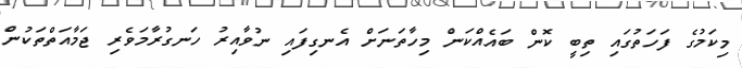
މިކަމުގެ ފަހަތުގައި ތިބީ ކޮން ބައެއްކަން މިހާތަނަށް އެނގިފައި ނުވާއިރު ހަނގުރާމަވެރި ޖަމާއަތްތަކުން